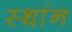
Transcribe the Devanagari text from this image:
स्थांन